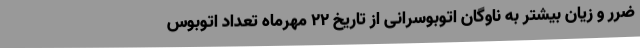
ضرر و زیان بیشتر به ناوگان اتوبوسرانی از تاریخ 22 مهرماه تعداد اتوبوس